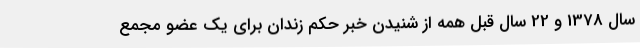
سال 1378 و 22 سال قبل همه از شنیدن خبر حکم زندان برای یک عضو مجمع